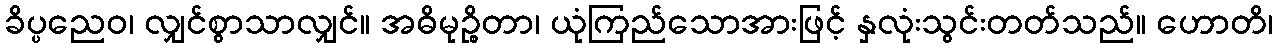
ခိပ္ပညေဝ၊ လျှင်စွာသာလျှင်။ အဓိမုဉ္စိတာ၊ ယုံကြည်သောအားဖြင့် နှလုံးသွင်းတတ်သည်။ ဟောတိ၊